On a parasite found in the white corpuscles of the blood of palm squirrels - Number 24
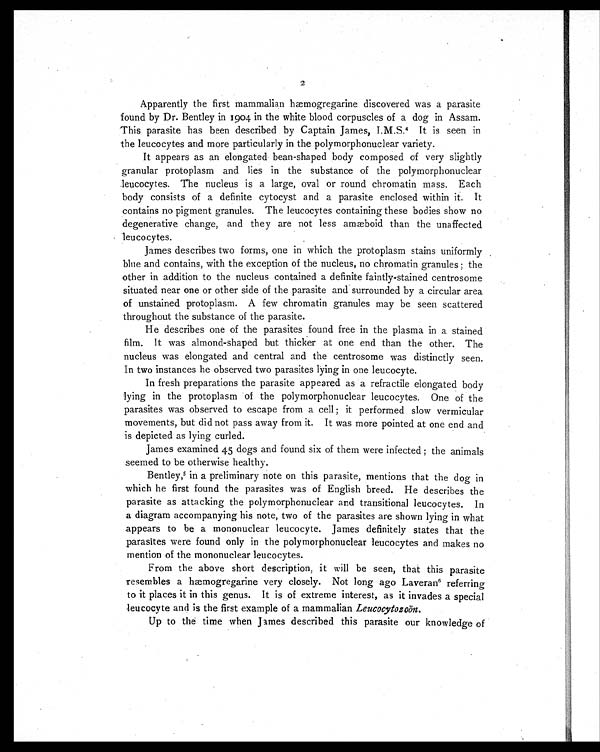
2
Apparently the first mammalian hæmogregarine discovered was a parasite
found by Dr. Bentley in 1904 in the white blood corpuscles of a dog in Assam.
This parasite has been described by Captain James, I.M.S. 4 It is seen in
the leucocytes and more particularly in the polymorphonuclear variety.
It appears as an elongated bean-shaped body composed of very slightly
granular protoplasm and lies in the substance of the polymorphonuclear
leucocytes. The nucleus is a large, oval or round chromatin mass. Each
body consists of a definite cytocyst and a parasite enclosed within it. It
contains no pigment granules. The leucocytes containing these bodies show no
degenerative change, and they are not less amæboid than the unaffected
leucocytes.
James describes two forms, one in which the protoplasm stains uniformly
blue and contains, with the exception of the nucleus, no chromatin granules; the
other in addition to the nucleus contained a definite faintly-stained centrosome
situated near one or other side of the parasite and surrounded by a circular area
of unstained protoplasm. A few chromatin granules may be seen scattered
throughout the substance of the parasite.
He describes one of the parasites found free in the plasma in a stained
film. It was almond-shaped but thicker at one end than the other. The
nucleus was elongated and central and the centrosome was distinctly seen.
In two instances he observed two parasites lying in one leucocyte.
In fresh preparations the parasite appeared as a refractile elongated body
lying in the protoplasm of the polymorphonuclear leucocytes. One of the
parasites was observed to escape from a cell ; it performed slow vermicular
movements, but did not pass away from it. It was more pointed at one end and
is depicted as lying curled.
James examined 45 dogs and found six of them were infected ; the animals
seemed to be otherwise healthy.
Bentley,5 i n a p r e l i m i n a r y n o t e o n t h i s p a r a s i t e , m e n t i o n s t h a t t h e d o g i n
which he first found the parasites was of English breed. He describes the
parasite as attacking the polymorphonuclear and transitional leucocytes. In
a diagram accompanying his note, two of the parasites are shown lying in what
appears to be a mononuclear leucocyte. James definitely states that the
parasites were found only in the polymorphonuclear leucocytes and makes no
mention of the mononuclear leucocytes.
From the above short description, it will be seen, that this parasite
resembles a hæmogregarine very closely. Not long ago Laveran 6 referring
to it places it in this genus. It is of extreme interest, as it invades a special
leucocyte and is the first example of a mammalian Leucocytozoön.
Up to the time when James described this parasite our knowledge of